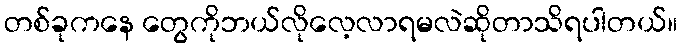
တစ်ခုကနေ တွေကိုဘယ်လိုလေ့လာရမလဲဆိုတာသိရပါတယ်။